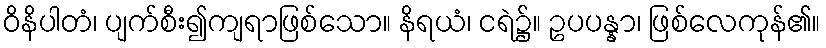
ဝိနိပါတံ၊ ပျက်စီး၍ကျရာဖြစ်သော။ နိရယံ၊ ငရဲ၌။ ဥပပန္နာ၊ ဖြစ်လေကုန်၏။